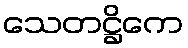
သေတဋ္ဌိကေ